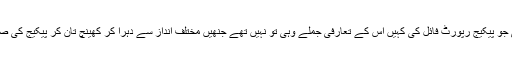
نوے سیکنڈ کی جو پیکیج رپورٹ فائل کی کہیں اس کے تعارفی جملے وہی تو نہیں تھے جنھیں مختلف انداز سے دہرا کر کھینچ تان کر پیکیج کی صورت دے دی؟